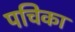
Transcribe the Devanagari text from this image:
पचिका